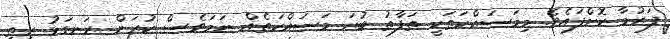
ފަރުމާ ކޮށްފައެވެ. މިމަސައްކަތަކީ ތަފާތު ބުރަ މަސައްކަތެއް ނަމަވެސް ކުރަން ރަނގަޅު ރީތި